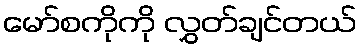
မော်စကိုကို လွှတ်ချင်တယ်